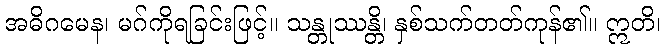
အဓိဂမေန၊ မဂ်ကိုရခြင်းဖြင့်။ သန္တုဿန္တိ၊ နှစ်သက်တတ်ကုန်၏။ ဣတိ၊